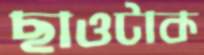
ছাওটাক